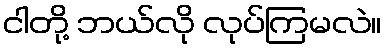
ငါတို့ ဘယ်လို လုပ်ကြမလဲ။